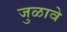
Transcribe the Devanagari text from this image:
जुळावे